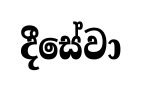
දීසේවා